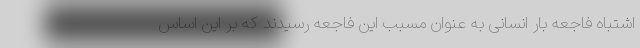
اشتباه فاجعه بار انسانی به عنوان مسبب این فاجعه رسیدند که بر این اساس